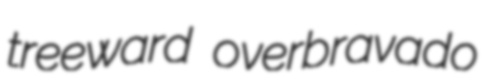
treeward overbravado